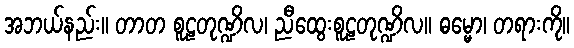
အဘယ်နည်း။ တာတ စူဠတုဏ္ဍိလ၊ ညီထွေးစူဠတုဏ္ဍိလ။ ဓမ္မော၊ တရားကို။